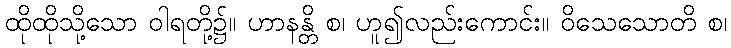
ထိုထိုသို့သော ဝါရတို့၌။ ဟာနန္တိ စ၊ ဟူ၍လည်းကောင်း။ ဝိသေသောတိ စ၊